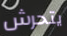
يتحرش